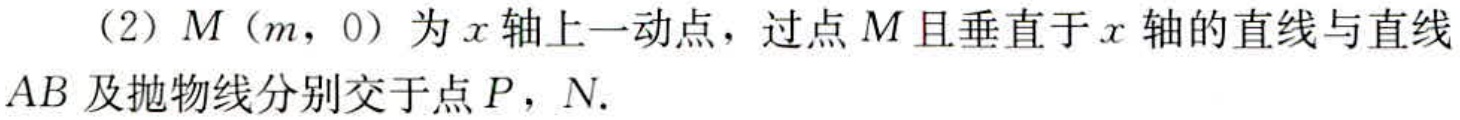
(2) \(M(m,0)\)为\(x\)轴上一动点，过点\(M\)且垂直于\(x\)轴的直线与直线\(AB\)及抛物线分别交于点\(P\)，\(N\).